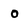
Character: o